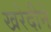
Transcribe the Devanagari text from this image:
खरेदीने